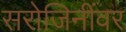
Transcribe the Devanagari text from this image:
सरोजिनींवर